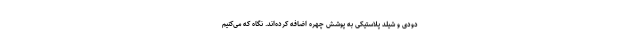
دودی و شیلد پلاستیکی به پوشش چهره اضافه کرده‌اند. نگاه که می‌کنیم